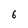
Character: 6